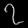
Digit: ၇